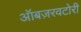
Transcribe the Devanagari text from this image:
ऑबज़रवटोरी